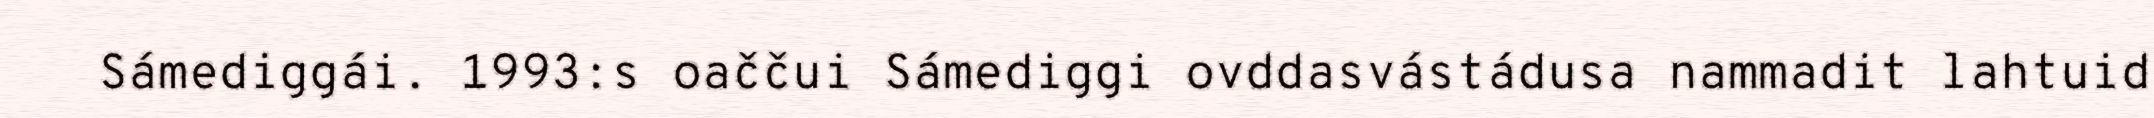
Sámediggái. 1993:s oaččui Sámediggi ovddasvástádusa nammadit lahtuid